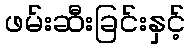
ဖမ်းဆီးခြင်းနှင့်